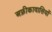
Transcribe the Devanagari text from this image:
अफ्रीकावासियों